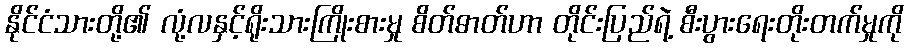
နိုင်ငံသားတို့၏ လုံ့လနှင့်ရိုးသားကြိုးစားမှု စိတ်ဓာတ်ဟာ တိုင်းပြည်ရဲ့ စီးပွားရေးတိုးတက်မှုကို